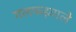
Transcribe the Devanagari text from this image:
गलफड़वाले